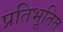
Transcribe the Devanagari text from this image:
प्रतिभूतित